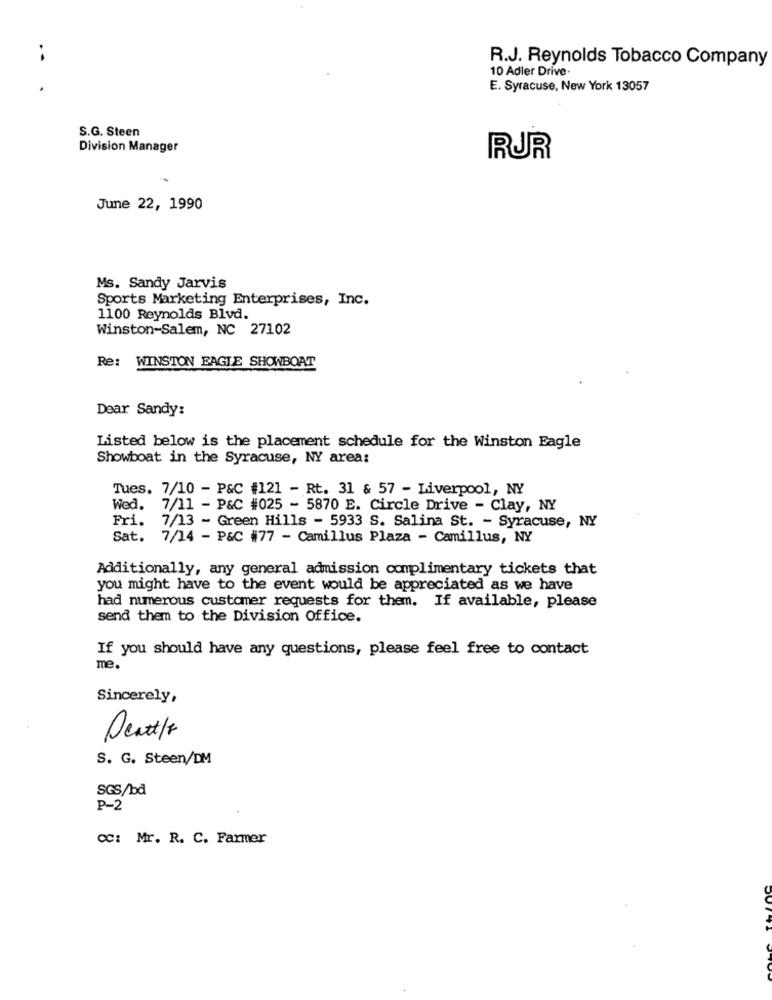
R.J. Reynolds Tobacco Company
10 Adler Drive.
E. Syracuse, New York 13057
S.G. Steen
Division Manager
RUR
June 22, 1990
Ms. Sandy Jarvis
Sports Marketing Enterprises, Inc.
1100 Reynolds Blvd.
Winston-Salem, NC 27102
Re: WINSTON EAGLE SHOWBOAT
Dear Sandy:
Listed below is the placement schedule for the Winston Eagle
Showboat in the Syracuse, NY area:
Tues. 7/10 - P&C #121 - Rt. 31 & 57 - Liverpool, NY
Wed. 7/11 - P&C #025 - 5870 E. Circle Drive - Clay, NY
Fri. 7/13 - Green Hills - 5933 S. Salina St. - Syracuse, NY
Sat. 7/14 - P&C #77 - Camillus Plaza - Camillus, NY
Additionally, any general admission complimentary tickets that
you might have to the event would be appreciated as we have
had numerous customer requests for them. If available, please
send them to the Division Office.
If you should have any questions, please feel free to contact
me.
Sincerely,
Peat/f
S. G. Steen/DM
SGS/bd
P-2
CC: Mr. R. C. Farmer